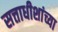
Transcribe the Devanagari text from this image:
सत्ताधीशांच्या